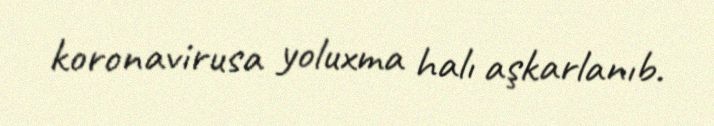
koronavirusa yoluxma halı aşkarlanıb.